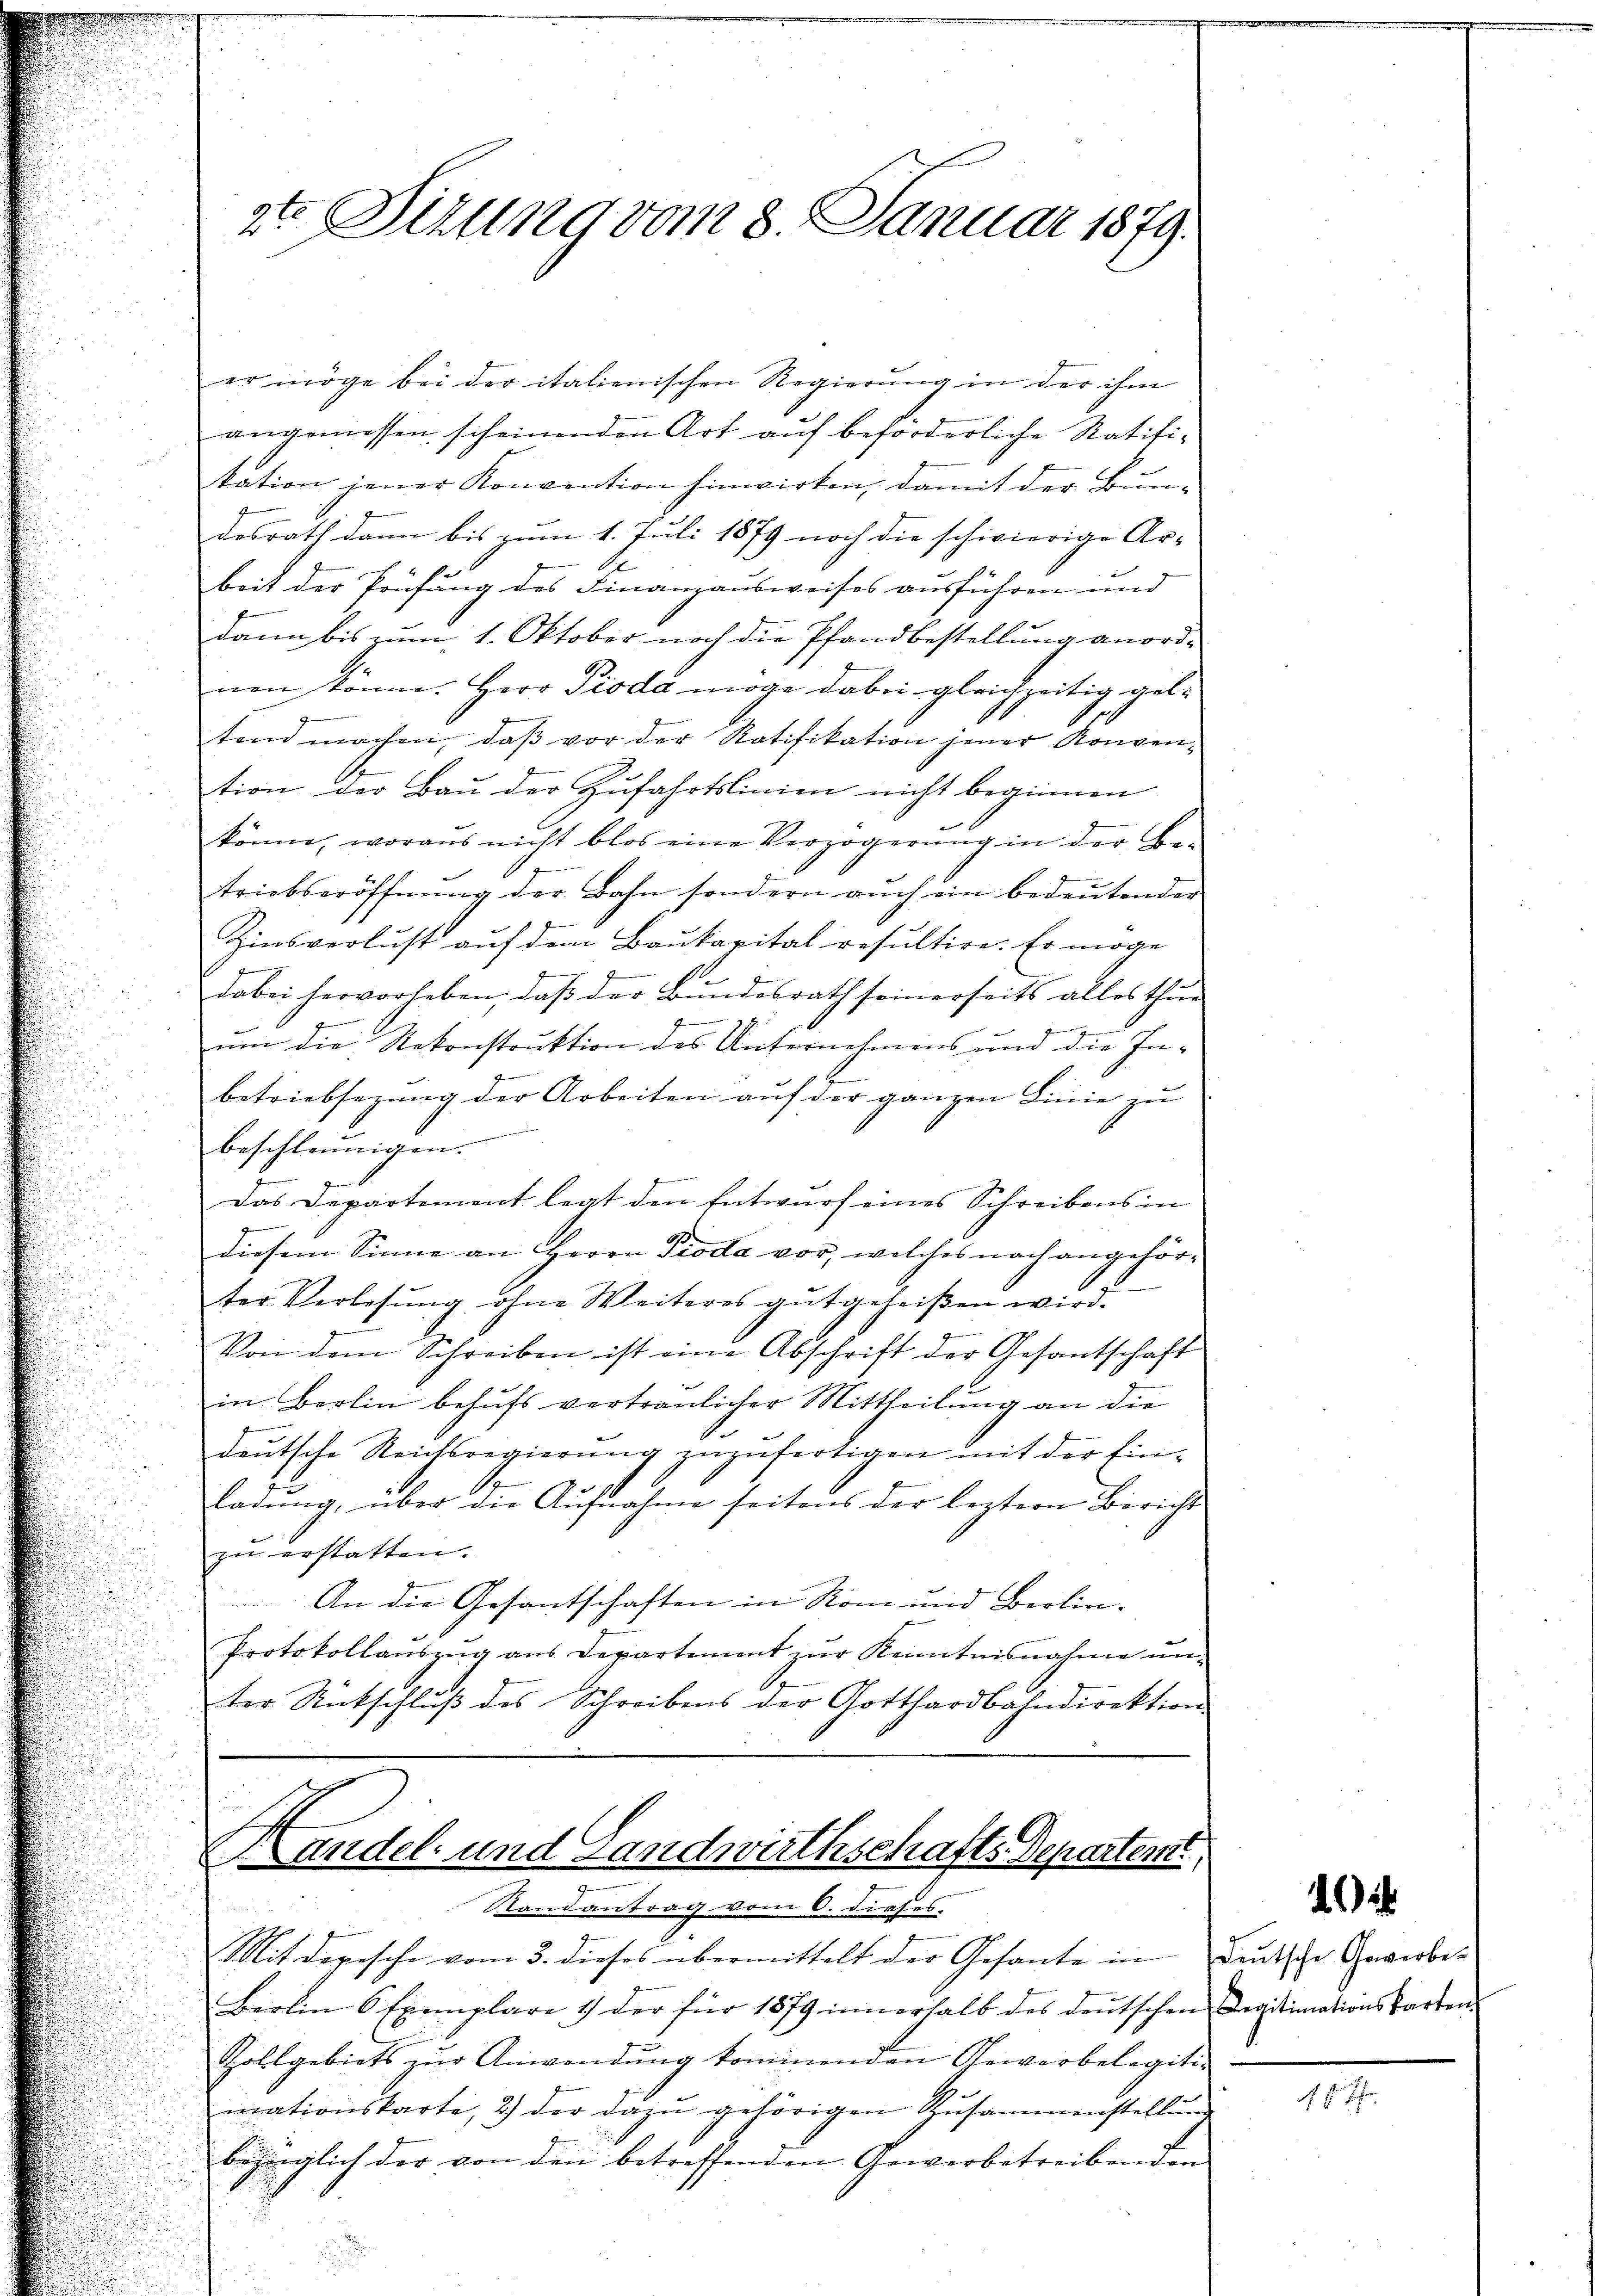
2te Sitzung vom 8. Januar 1879.

er möge bei der italienischen Regierung in der ihm
angemessen scheinenden Art auf beforderliche Ratifi-
tation jener Konvention hinwirken, damit der Bun-
desrath dann bis zum 1. Juli 1879 noch die schwierige Ar-
beit der Prüfung des Finanzausweises ausführen und
dann bis zum 1. Oktober noch die Pfandbestellung anord-
nen könne. Herr Pioda möge dabei gleichzeitig gebe
tend machen, daβ vor der Ratifikation jener Konven-
tion der Bau der Zufahrtslinien nicht beginnen
könne, woraus nicht blos eine Verzögerŭng in der Be-
triebseröffnŭng der Bahn sondern aŭch ein bedeŭtender
Zinsverlust auf dem Baukapital resultire. Er möge
dabei hervorheben, daß der Bundesrath seinerseits alles thue
7
um die Rekonstruktion des Unternehmens und die Inbetriebsezung der Arbeiten aŭf der ganzen Linie zu
vementen der
beschleunigen.
Das Departement legt den Entwurf eines Schreibens in
diesem Sinne an Herrn Pioda vor, welches nach angehörter Verlesung ohne Weiteres gutgeheißen wird.
Von dem Schreiben ist eine Abschrift der Gesantschaft
in Berlin behufs vertraulicher Mittheilung an die
deutsche Reichsregierung zuzufertigen mit der Einladung, über die Aufnahme seitens der leztern Berichts-
zu erstatten.
An die Gesantschaften in Rom und Berlin-
Protokollauszug aus Departement zur Kenntnisnahme unter Rutschlŭβ des Schreibens der Gotthardbahndirektion

Mit depesche vom 3. dieses übermittelt der Gesante in Deutsche Gewerbe-
Berlin 6 Exemplare 1) der für 1879 innerhalb des deŭtschen Legitimationskarten-
Zollgebiets zŭr Anwendŭng kommenden Gewerbelegiti-
mationskarte, 2) der dazŭ gehörigen Zusammenstellŭng
bezänglich der von den betreffenden Gewerbetreibenden

Handel- und Landwirthschafts Departem
Randantrag vom 6. dieses.

2

E.